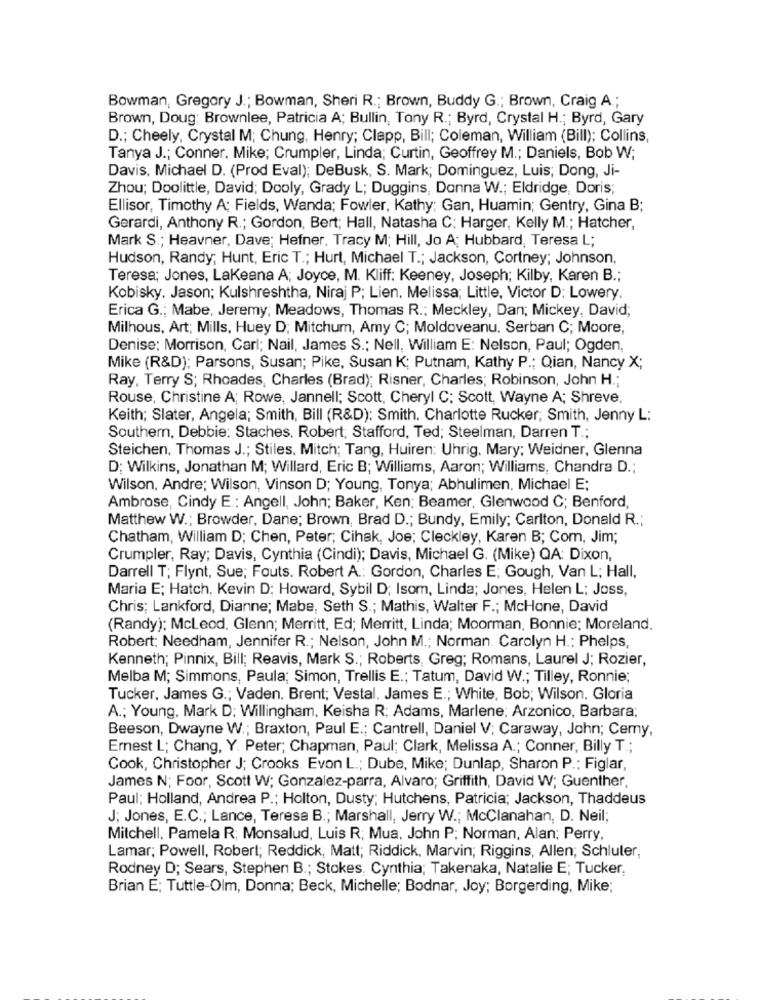
Bowman, Gregory J .; Bowman, Sheri R .; Brown, Buddy G .; Brown, Craig A .;
Brown, Doug: Brownlee, Patricia A; Bullin, Tony R .; Byrd, Crystal H .; Byrd, Gary
D .; Cheely, Crystal M; Chung, Henry; Clapp, Bill; Coleman, William (Bill); Collins,
Tanya J .; Conner. Mike; Crumpler, Linda; Curtin, Geoffrey M .; Daniels, Bob W;
Davis. Michael D. (Prod Eval); DeBusk, S. Mark; Dominguez, Luis; Dong, Ji-
Zhou; Doolittle, David; Dooly, Grady L; Duggins, Donna W .; Eldridge, Doris;
Ellisor, Timothy A; Fields, Wanda; Fowler, Kathy; Gan, Huamin; Gentry, Gina B;
Gerardi, Anthony R .; Gordon, Bert; Hall, Natasha C; Harger, Kelly M .; Hatcher,
Mark S .; Heavner, Dave; Hefner. Tracy M; Hill, Jo A; Hubbard, Teresa L;
Hudson, Randy; Hunt, Eric T .; Hurt, Michael T .; Jackson, Cortney; Johnson,
Teresa; Jones, Lakeana A; Joyce, M. Kliff: Keeney, Joseph; Kilby, Karen B .;
Kobisky. Jason; Kulshreshtha, Niraj P; Lien. Melissa; Little, Victor D: Lowery.
Erica G .; Mabe, Jeremy; Meadows, Thomas R .: Meckley, Dan; Mickey, David;
Milhous, Art; Mills, Huey D; Mitchum, Amy C; Moldoveanu, Serban C; Moore,
Denise: Morrison, Carl; Nail, James S .; Nell, William E: Nelson, Paul; Ogden,
Mike (R&D); Parsons, Susan; Pike, Susan K; Putnam, Kathy P .; Qian, Nancy X;
Ray, Terry S; Rhoades, Charles (Brad); Risner, Charles; Robinson, John H .;
Rouse, Christine A; Rowe, Jannell; Scott, Cheryl C; Scott, Wayne A; Shreve,
Keith; Slater, Angela; Smith, Bill (R&D): Smith. Charlotte Rucker; Smith, Jenny L:
Southern, Debbie: Staches. Robert; Stafford, Ted; Steelman, Darren T .;
Steichen, Thomas J .; Stiles, Mitch; Tang, Huiren: Uhrig. Mary; Weidner, Glenna
D: Wilkins, Jonathan M; Willard, Eric B; Williams, Aaron; Williams, Chandra D .;
Wilson, Andre; Wilson, Vinson D; Young, Tonya; Abhulimen. Michael E;
Ambrose, Cindy E .; Angell, John; Baker, Ken; Beamer, Glenwood C; Benford,
Matthew W .; Browder, Dane; Brown, Brad D .; Bundy, Emily; Carlton, Donald R .;
Chatham, William D; Chen, Peter; Cihak, Joe; Cleckley, Karen B; Com, Jim;
Crumpler, Ray; Davis, Cynthia (Cindi); Davis, Michael G. (Mike) QA: Dixon,
Darrell T; Flynt, Sue; Fouts. Robert A .: Gordon, Charles E; Gough, Van L; Hall,
Maria E; Hatch. Kevin D: Howard, Sybil D; Isom, Linda; Jones, Helen L; Joss,
Chris; Lankford, Dianne; Mabe, Seth S .; Mathis, Walter F .; McHone, David
(Randy); Mcleod, Glenn; Merritt, Ed; Merritt, Linda; Moorman, Bonnie; Moreland.
Robert: Needham, Jennifer R .; Nelson, John M .; Norman. Carolyn H .; Phelps,
Kenneth; Pinnix, Bill; Reavis, Mark S .; Roberts, Greg; Romans, Laurel J; Rozier,
Melba M; Simmons, Paula; Simon, Trellis E .; Tatum, David W .; Tilley, Ronnie;
Tucker, James G .; Vaden. Brent; Vestal. James E .; White, Bob; Wilson. Gloria
A .; Young. Mark D; Willingham, Keisha R; Adams, Marlene, Arzonico, Barbara;
Beeson, Dwayne W .; Braxton, Paul E .; Cantrell, Daniel V; Caraway, John; Cemy,
Ernest L; Chang, Y. Peter; Chapman, Paul; Clark, Melissa A .; Conner, Billy T .;
Cook, Christopher J; Crooks. Evon L .; Dube, Mike; Dunlap, Sharon P .: Figlar,
James N; Foor, Scott W; Gonzalez-parra, Alvaro; Griffith, David W; Guenther,
Paul: Holland, Andrea P .; Holton, Dusty; Hutchens, Patricia; Jackson, Thaddeus
J; Jones, E.C .; Lance, Teresa B .; Marshall, Jerry W .; McClanahan, D. Neil;
Mitchell, Pamela R; Monsalud, Luis R; Mua, John P; Norman, Alan; Perry,
Lamar; Powell, Robert; Reddick, Matt; Riddick, Marvin; Riggins, Allen; Schluter,
Rodney D; Sears, Stephen B .; Stokes, Cynthia; Takenaka, Natalie E; Tucker,
Brian E; Tuttle-Olm, Donna; Beck, Michelle; Bodnar, Joy; Borgerding, Mike;